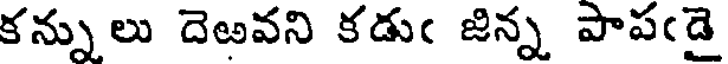
కన్నులు దెఱవని కడుఁ జిన్న పాపఁడై